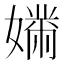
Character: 𫱱